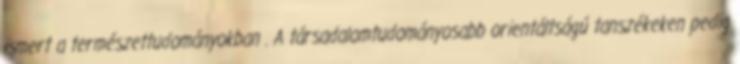
ismert a természettudományokban . A társadalomtudományosabb orientáltságú tanszékeken pedig